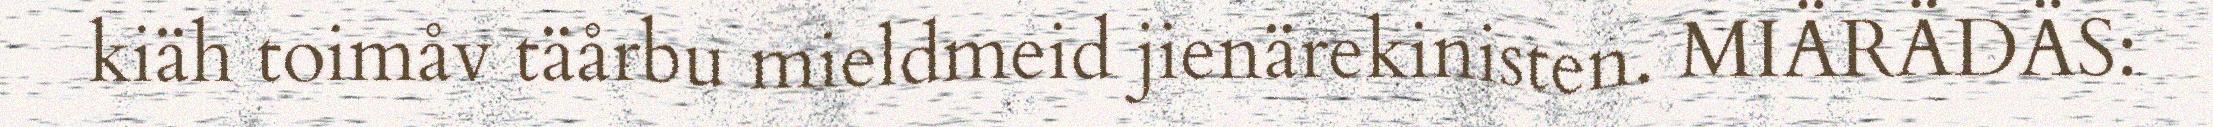
kiäh toimåv täårbu mieldmeid jienärekinisten. MIÄRÄDÄS: